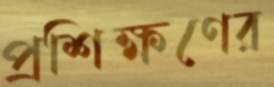
প্রশিক্ষণের